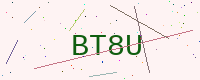
Text: BT8U